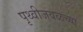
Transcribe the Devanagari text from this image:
पृथ्वीजवळच्या